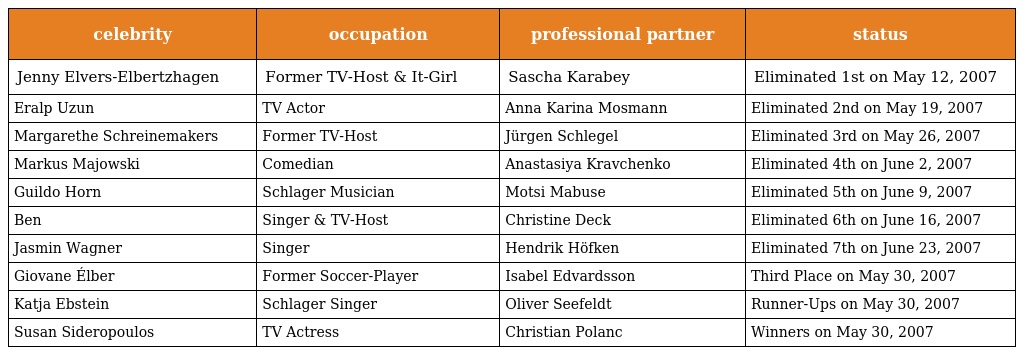
| celebrity | occupation | professional partner | status |
 | --- | --- | --- | --- |
 | Jenny Elvers-Elbertzhagen | Former TV-Host & It-Girl | Sascha Karabey | Eliminated 1st on May 12, 2007 |
 | Eralp Uzun | TV Actor | Anna Karina Mosmann | Eliminated 2nd on May 19, 2007 |
 | Margarethe Schreinemakers | Former TV-Host | Jürgen Schlegel | Eliminated 3rd on May 26, 2007 |
 | Markus Majowski | Comedian | Anastasiya Kravchenko | Eliminated 4th on June 2, 2007 |
 | Guildo Horn | Schlager Musician | Motsi Mabuse | Eliminated 5th on June 9, 2007 |
 | Ben | Singer & TV-Host | Christine Deck | Eliminated 6th on June 16, 2007 |
 | Jasmin Wagner | Singer | Hendrik Höfken | Eliminated 7th on June 23, 2007 |
 | Giovane Élber | Former Soccer-Player | Isabel Edvardsson | Third Place on May 30, 2007 |
 | Katja Ebstein | Schlager Singer | Oliver Seefeldt | Runner-Ups on May 30, 2007 |
 | Susan Sideropoulos | TV Actress | Christian Polanc | Winners on May 30, 2007 |